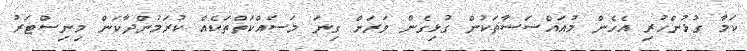
ކަމާ ގުޅުންހުރި އެހެން މުއައްސަސާތަކުން ގުޅިގެން ވަރަށް ގިނަ މަސައްކަތްތަކެއް ކުރަމުންދާކަން މިނިސްޓަރު